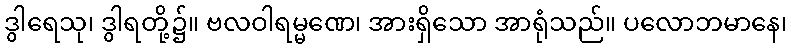
ဒွါရေသု၊ ဒွါရတို့၌။ ဗလဝါရမ္မဏေ၊ အားရှိသော အာရုံသည်။ ပလောဘမာနေ၊